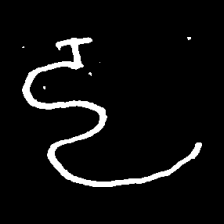
Pyu character \u2014 Myanmar letter: ဠ (romanized: lla)